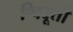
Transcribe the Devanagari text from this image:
श्विदूती